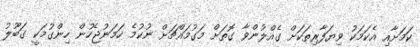
ކަމަށާއި އެކަމަކު ވިޔަފާރިތަކަށް ގެއްލުންވާ ގޮތަށް މަގުމައްޗަށް ނުކުމެ ހަމަނުޖެހުން ހިންގުމަކީ ގަބޫލު